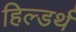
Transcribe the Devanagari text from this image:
हिल्डर्थ